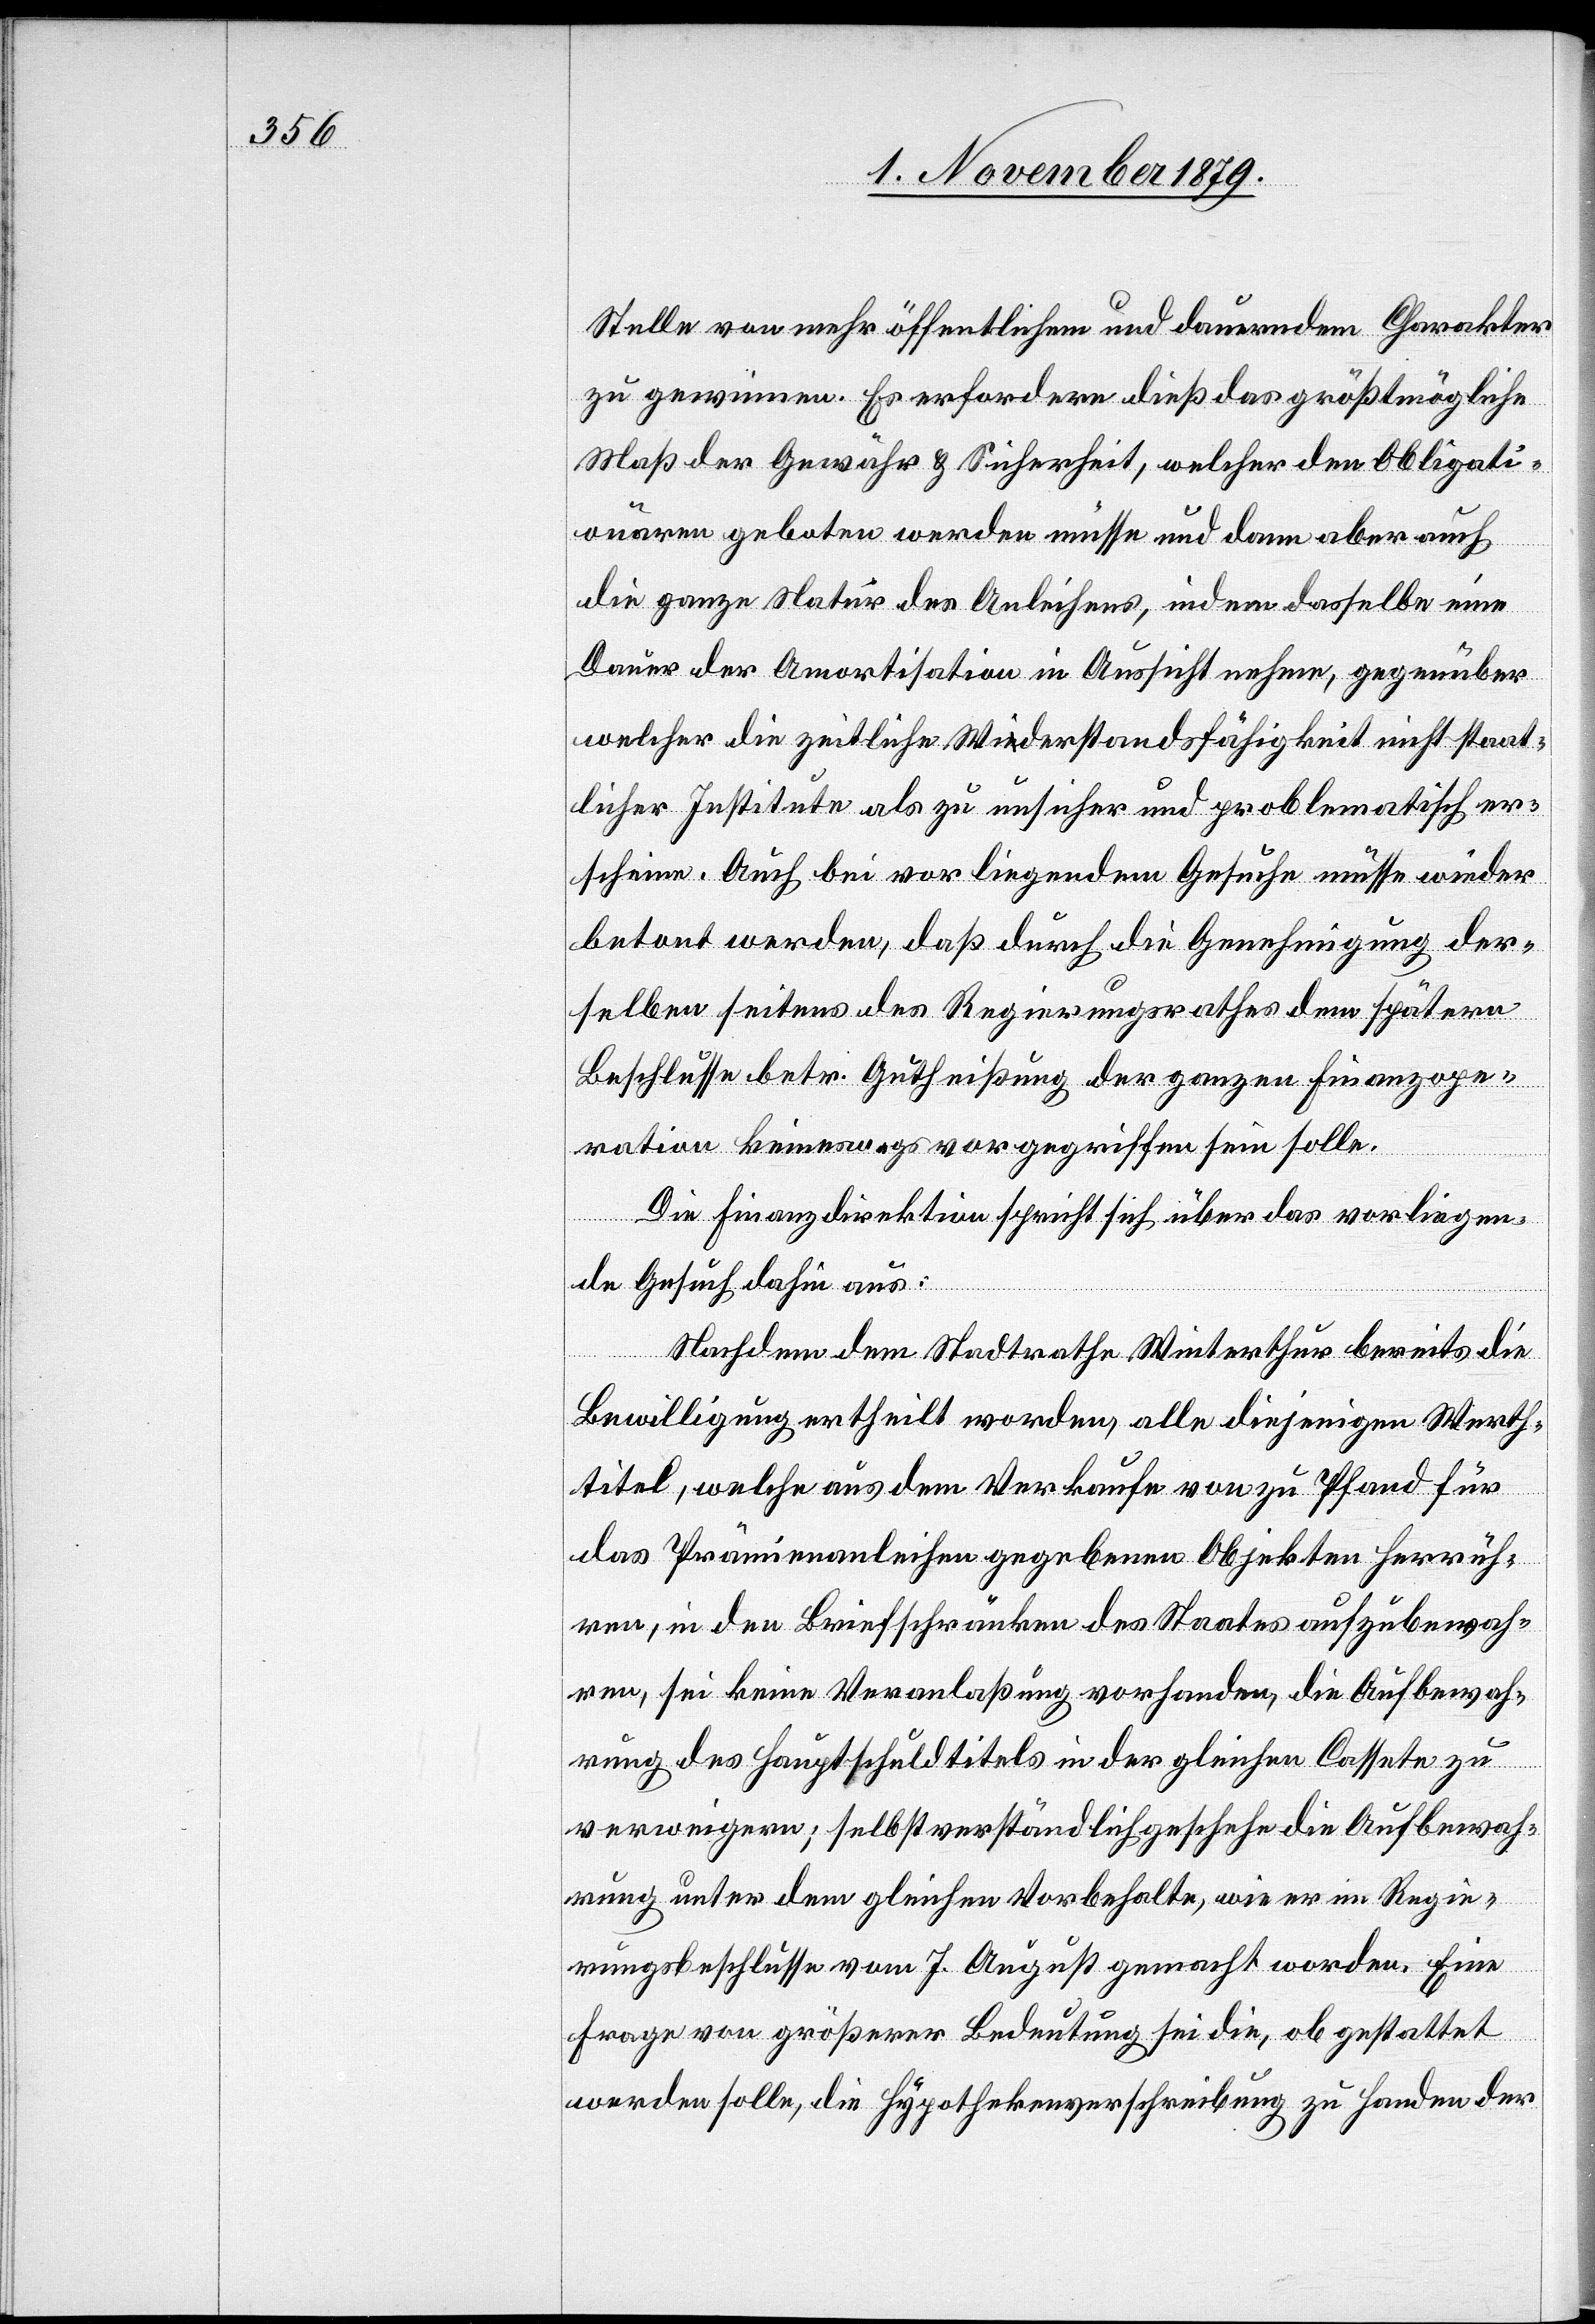
Stelle von mehr öffentlichem und dauerndem Charakter
zu gewinnen. Es erfordere dieß das größtmögliche
Maß der Gewähr & Sicherheit, welcher den Obligati¬
onären geboten werden müsse und dann aber auch
die ganze Natur des Anleihens, indem dasselbe eine
Dauer der Amortisation in Aussicht nehme, gegenüber
welcher die zeitliche Widerstandsfähigkeit nicht staat¬
licher Institute als zu unsicher und problematisch er¬
scheine. Auch bei vorliegendem Gesuche müsse wieder
betont werden, daß durch die Genehmigung der¬
selben seitens des Regierungsrathes dem spätern
Beschlusse betr. Gutheißung der ganzen Finanzope¬
ration keineswegs vorgegriffen sein solle.
Die Finanzdirektion spricht sich über das vorliegen¬
de Gesuch dahin aus:
Nachdem dem Stadtrathe Winterthur bereits die
Bewilligung ertheilt worden, alle diejenigen Werth¬
titel, welche aus dem Verkaufe von zu Pfand für
das Prämienanleihen gegebenen Objekten herrüh¬
ren, in den Briefschränken des Staates aufzubewah¬
ren, sei keine Veranlaßung vorhanden, die Aufbewah¬
rung des Hauptschuldtitels in der gleichen Cassette zu
verweigern; selbstverständlich geschehe die Aufbewah¬
rung unter dem gleichen Vorbehalte, wie er im Regie¬
rungsbeschlusse vom 7. August gemacht worden. Eine
Frage von größerer Bedeutung sei die, ob gestattet
werden solle, die Hypothekenverschreibung zu Handen der